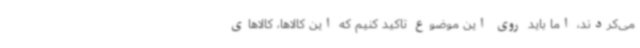
می‌کردند، اما باید روی این موضوع تاکید کنیم که این کالاها، کالاهای